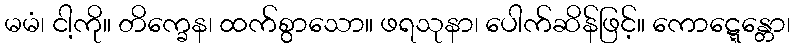
မမံ၊ ငါ့ကို။ တိက္ခေန၊ ထက်စွာသော။ ဖရသုနာ၊ ပေါက်ဆိန်ဖြင့်။ ကောဋ္ဋေန္တော၊